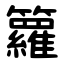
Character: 籮